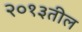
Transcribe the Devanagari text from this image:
२०१३तील